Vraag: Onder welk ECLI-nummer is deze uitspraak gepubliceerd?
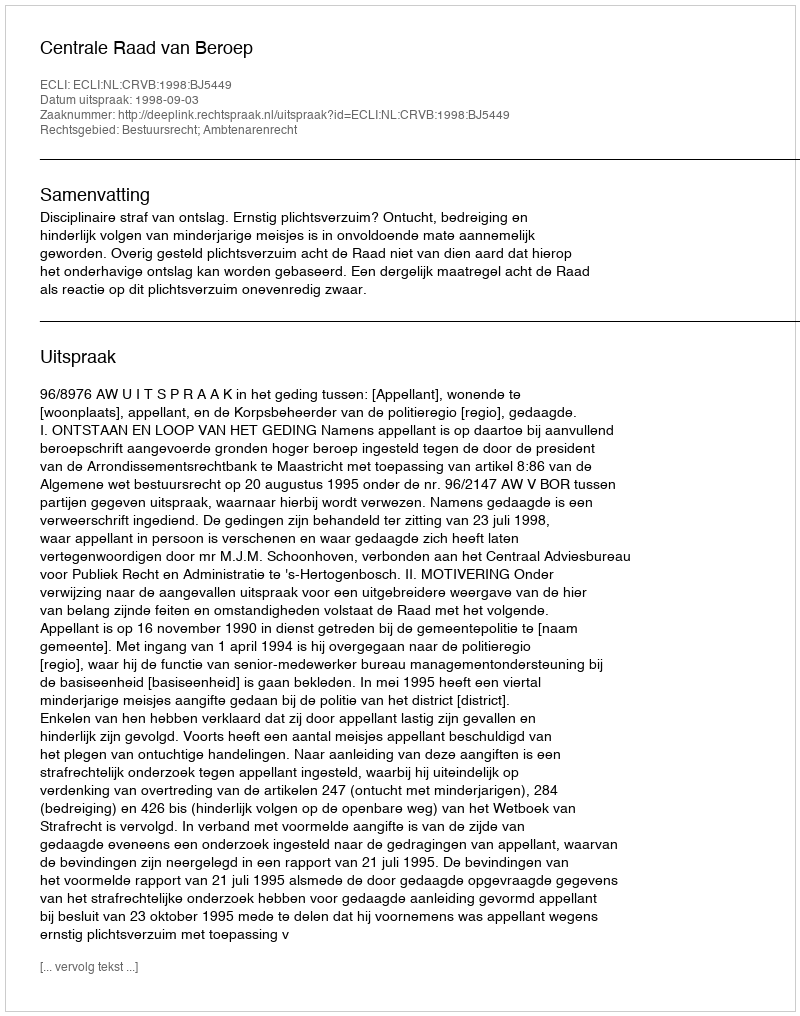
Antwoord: ECLI:NL:CRVB:1998:BJ5449